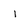
Character: 1